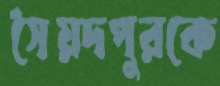
সৈয়দপুরকে